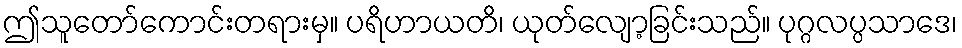
ဤသူတော်ကောင်းတရားမှ။ ပရိဟာယတိ၊ ယုတ်လျော့ခြင်းသည်။ ပုဂ္ဂလပ္ပသာဒေ၊